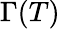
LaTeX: \Gamma(T)